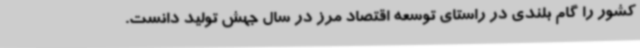
کشور را گام بلندی در راستای توسعه اقتصاد مرز در سال جهش تولید دانست.